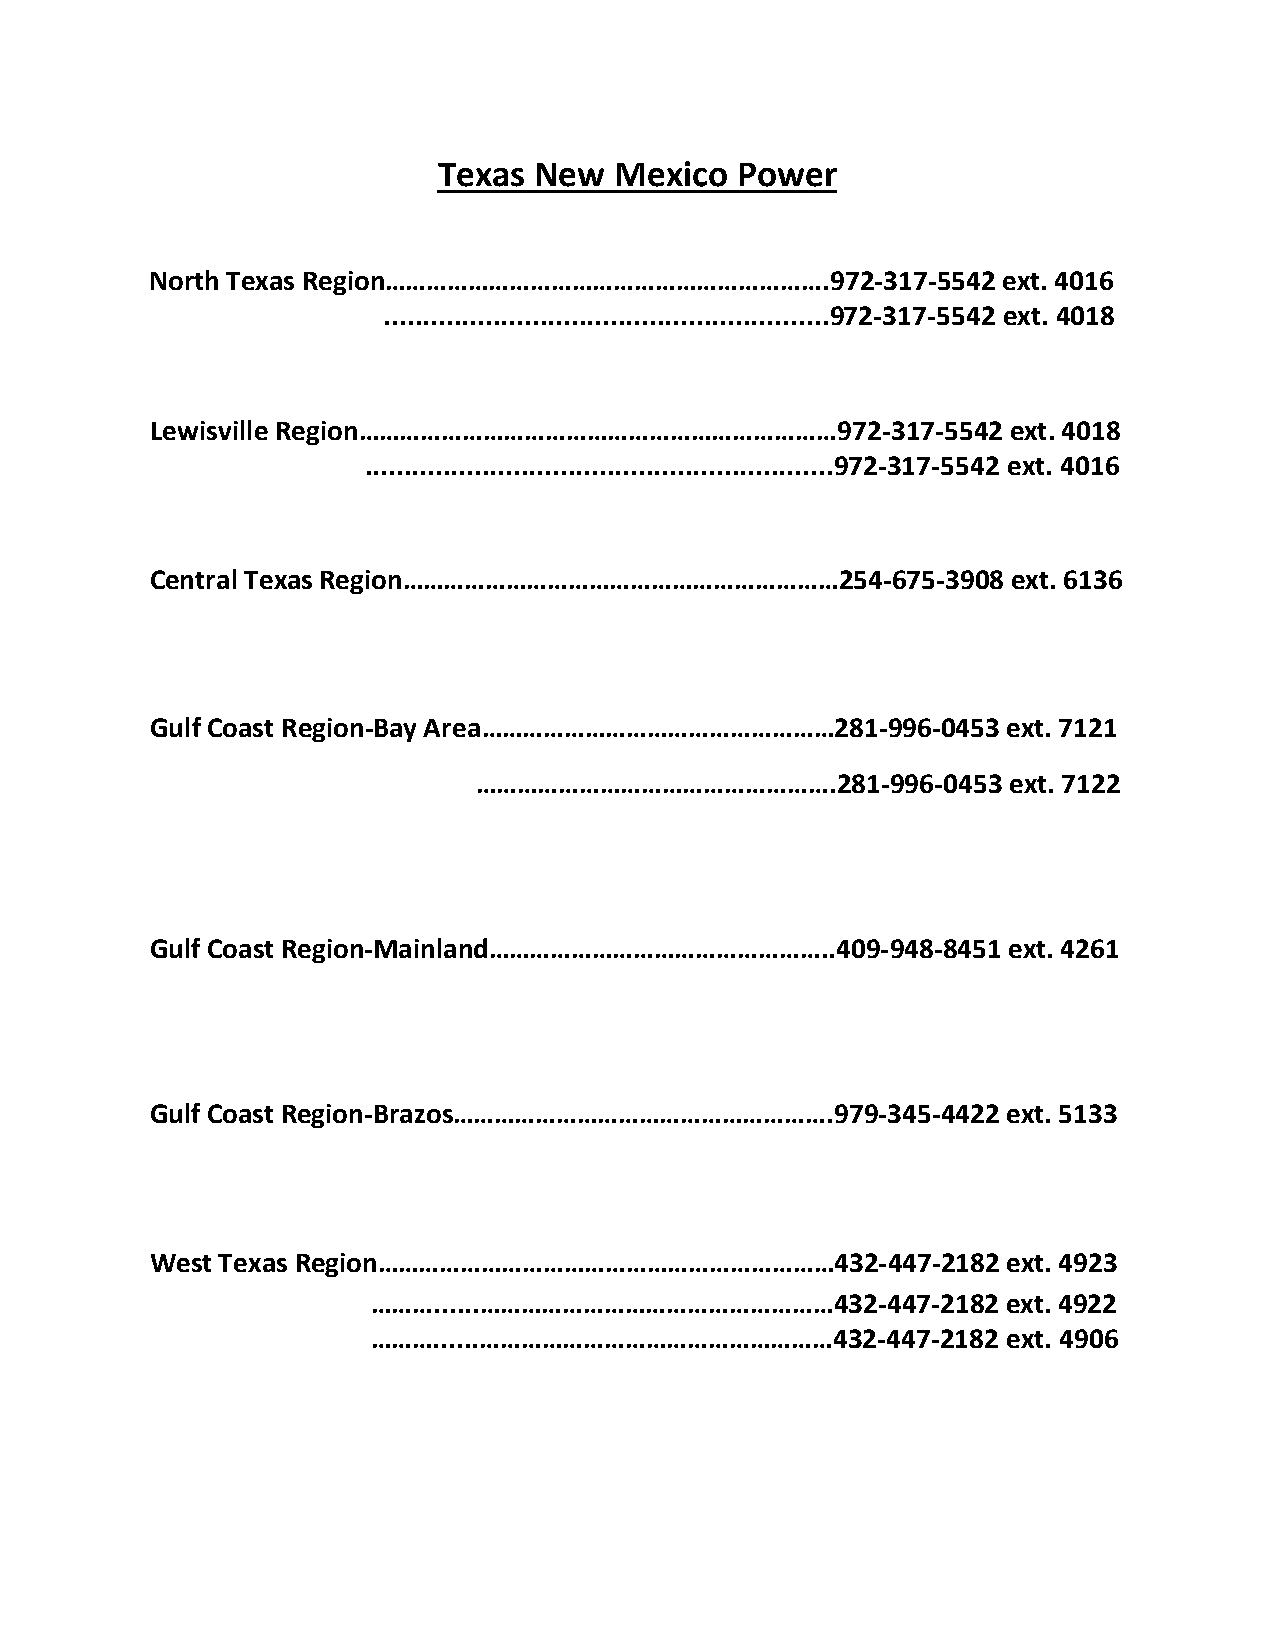
Texas New   Mexico  Power
 North Texas Region……………………………………………………….972-317-5542    ext. 4016
 .........................................................972-317-5542 ext. 4018
 Lewisville Region……………………………………………………………972-317-5542     ext. 4018
 ............................................................972-317-5542 ext. 4016
 Central Texas Region………………………………………………………254-675-3908    ext. 6136
 Gulf Coast Region-Bay Area……………………………………………281-996-0453  ext. 7121
 …………………………………………….281-996-0453     ext. 7122
 Gulf Coast Region-Mainland…………………………………………..409-948-8451 ext. 4261
 Gulf Coast Region-Brazos……………………………………………….979-345-4422  ext. 5133
 West Texas Region…………………………………………………………432-447-2182      ext. 4923
 ………......……………………………………………432-447-2182    ext. 4922
 ………......……………………………………………432-447-2182    ext. 4906